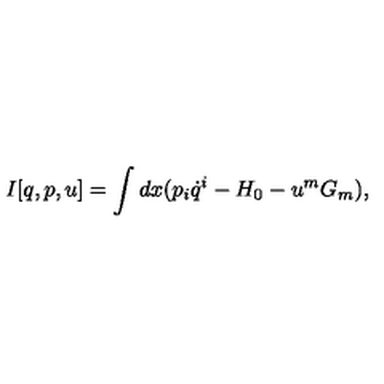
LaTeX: I [ q , p , u ] = \int d x ( p _ { i } \dot { q } ^ { i } - H _ { 0 } - u ^ { m } G _ { m } ) ,